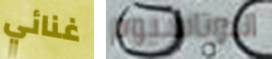
غنائي البوتاسيوم